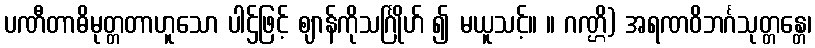
ပဏီတာဓိမုတ္တတာဟူသော ပါဌ်ဖြင့် ဈာန်ကိုသင်္ဂြိုဟ် ၍ မယူသင့်။ ။ ဂဏ္ဌိ) အရဏဝိဘင်္ဂသုတ္တန္တေ၊